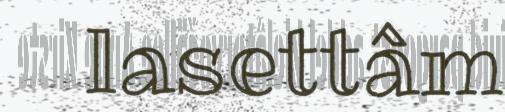
lasettâm